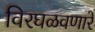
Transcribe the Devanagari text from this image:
विरघळवणारे